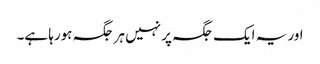
اور یہ ایک جگہ پر نہیں ہر جگہ ہورہا ہے۔